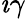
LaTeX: \imath\gamma